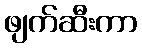
ဖျက်ဆီးကာ